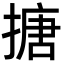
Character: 搪